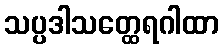
သပ္ပဒါသတ္ထေရဂါထာ